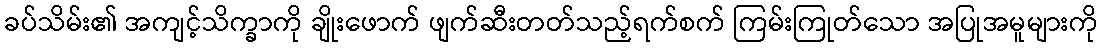
ခပ်သိမ်း၏ အကျင့်သိက္ခာကို ချိုးဖောက် ဖျက်ဆီးတတ်သည့်ရက်စက် ကြမ်းကြုတ်သော အပြုအမူများကို